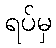
ရပ်မှ